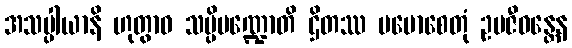
အသပ္ပါယာနိ ဟုတွာဝ သပ္ပိမဏ္ဍောတိ ဌိတဿ ပမောစေတုံ ဥပဇီဝန္တေန